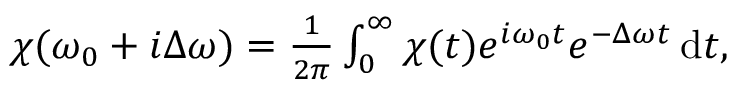
\begin{array} { r } { \chi ( \omega _ { 0 } + i \Delta \omega ) = \frac { 1 } { 2 \pi } \int _ { 0 } ^ { \infty } \chi ( t ) e ^ { i \omega _ { 0 } t } e ^ { - \Delta \omega t } \, \mathrm { d } t , } \end{array}